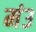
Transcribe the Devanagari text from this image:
मंउ